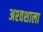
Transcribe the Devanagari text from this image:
अश्‍वशाला